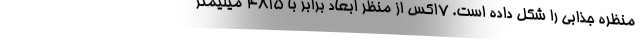
منظره جذابی را شکل داده است. 7اکس از منظر ابعاد برابر با 4815 میلیمتر